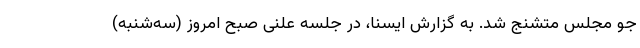
جو مجلس متشنج شد. به گزارش ایسنا، در جلسه علنی صبح امروز (سه‌شنبه)